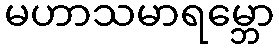
မဟာသမာရမ္ဘော